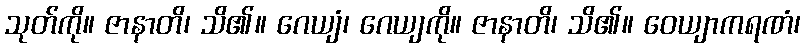
သုတ်ကို။ ဇာနာတိ၊ သိ၏။ ဂေယျံ၊ ဂေယျကို။ ဇာနာတိ၊ သိ၏။ ဝေယျာကရဏံ၊